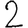
Digit: 2